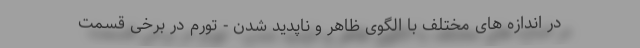
در اندازه های مختلف با الگوی ظاهر و ناپدید شدن - تورم در برخی قسمت